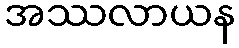
အဿလာယန